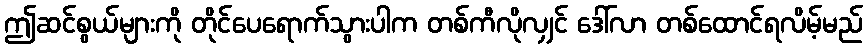
ဤဆင်စွယ်များကို တိုင်ပေရောက်သွားပါက တစ်ကီလိုလျှင် ဒေါ်လာ တစ်ထောင်ရလိမ့်မည်